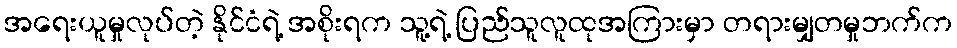
အရေးယူမှုလုပ်တဲ့ နိုင်ငံရဲ့ အစိုးရက သူ့ရဲ့ ပြည်သူလူထုအကြားမှာ တရားမျှတမှုဘက်က